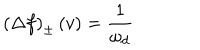
\left( \Delta f \right) _ { \pm } \left( v \right) = \frac { 1 } { \omega _ { d } }